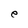
Character: e